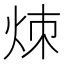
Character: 𬊃